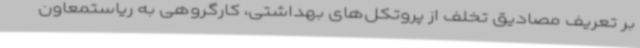
بر تعریف مصادیق تخلف از پروتکل‌های بهداشتی، کارگروهی به ریاستمعاون